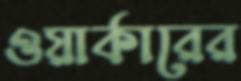
ওয়ার্কারের